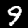
Digit: 9